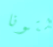
لتونا